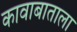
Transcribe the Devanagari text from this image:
कावाबाताला